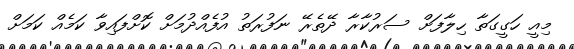
މިއީ ހަގީގަތާ ހިލާފަށް ސަރުކާރާ ދޭތެރޭ ނަފުރަތު އުފެެއްދުމަށް ކޮށްފައިވާ ކަމެއް ކަމަށް